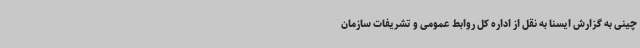
چینی به گزارش ایسنا به نقل از اداره کل روابط عمومی و تشریفات سازمان